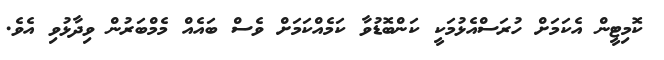
ކޮމިޓީން އެކަމަށް ހުރަސްއެޅުމަކީ ކަންބޮޑުވާ ކަމެއްކަމަށް ވެސް ބައެއް މެމްބަރުން ވިދާޅުވި އެވެ.